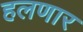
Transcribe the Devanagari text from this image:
हलणार